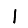
Digit: 1